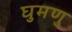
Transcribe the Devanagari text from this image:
घुमणु